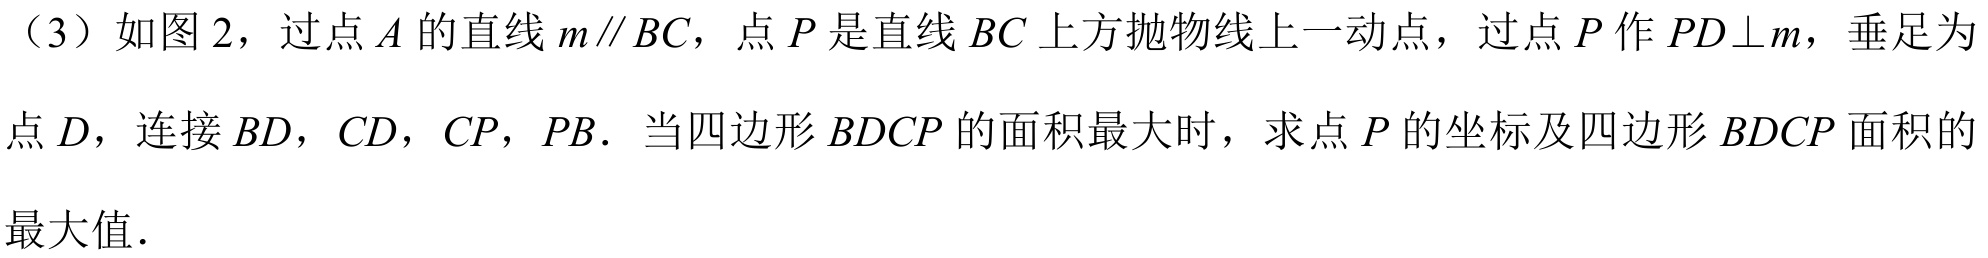
（3）如图 2，过点\(A\)的直线\(m\parallel BC\)，点\(P\)是直线\(BC\)上方抛物线上一动点，过点\(P\)作\(PD\bot m\)，垂足为
点\(D\)，连接\(BD\)，\(CD\)，\(CP\)，\(PB\). 当四边形\(BDCP\)的面积最大时，求点\(P\)的坐标及四边形\(BDCP\)面积的
最大值.